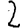
Digit: 2